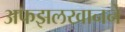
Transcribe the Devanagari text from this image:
अफझलखानने